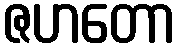
ဇဟတော